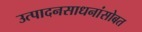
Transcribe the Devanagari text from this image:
उत्पादनसाधनांसोबत